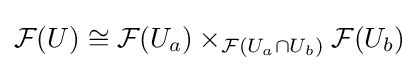
{\mathcal {F}}(U)\cong {\mathcal {F}}(U_{a})\times _{{\mathcal {F}}(U_{a}\cap U_{b})}{\mathcal {F}}(U_{b})